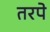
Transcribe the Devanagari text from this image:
तरपे